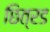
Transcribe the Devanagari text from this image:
छित्रड